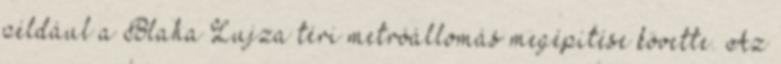
például a Blaha Lujza téri metróállomás megépítése követte. Az